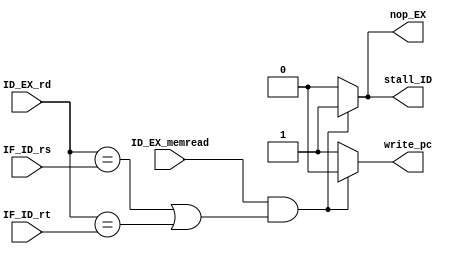
module hazard_detection_unit    #(
    parameter                       RBITS   =   5
    )
    (
    //Entradas
    input   wire    [RBITS-1:0]     IF_ID_rs            ,
    input   wire    [RBITS-1:0]     IF_ID_rt            ,
    input   wire    [RBITS-1:0]     ID_EX_rd            ,
    input   wire                    ID_EX_memread       ,
    //Salidas
    output  reg     write_pc,   stall_ID    ,   nop_EX
    );
    
    always  @(*)
    begin
        if((ID_EX_memread)&&((ID_EX_rd == IF_ID_rs)|| (ID_EX_rd == IF_ID_rt)))
        begin
            write_pc    =   0   ;
            stall_ID    =   1   ;
            nop_EX      =   1   ;
        end
        else
        begin
            write_pc    =   1   ;
            stall_ID    =   0   ;
            nop_EX      =   0   ;
        end
    end
    
endmodule